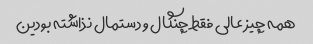
همه چیز عالی فقط چنگال و دستمال نذاشته بودین